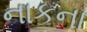
નાકના